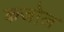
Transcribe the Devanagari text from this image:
कजोल